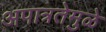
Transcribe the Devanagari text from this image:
अपात्रतेमुळे